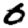
Digit: 0